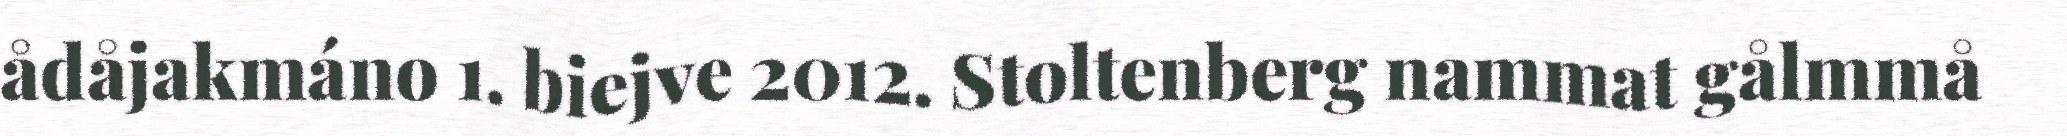
ådåjakmáno 1. biejve 2012. Stoltenberg nammat gålmmå